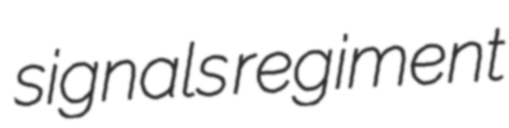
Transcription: signals regiment